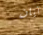
آيان